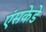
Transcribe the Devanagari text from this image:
एंसकेडे